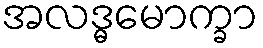
အလဒ္ဓမောက္ခာ